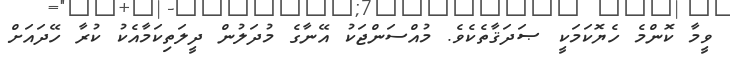
ވީމާ ކޮންމެ ހެޔޮކަމަކީ ޞަދަޤާތެކެވެ. މުއްސަންޖަކު އޭނާގެ މުދަލުން ދީލަތިކަމާއެކު ކުރާ ހޭދައަށް